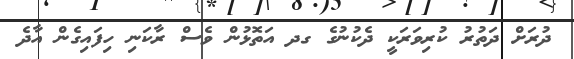
ދުރަށް ދަތުރު ކުރިވަރަކީ ދެކުނުގެ ގދ އަތޮޅުން ވެސް ރާކަނި ހިފައިގެން އާދެ